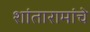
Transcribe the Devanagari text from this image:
शांतारामांचे